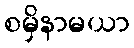
စမှိနာမယာ